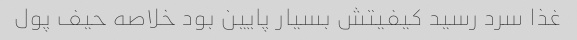
غذا سرد رسید کیفیتش بسیار پایین بود خلاصه حیف پول